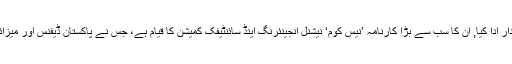
انہوں نے پاکستان کے میزائل پروگرام میں بھی ایک مؤثر کردار ادا کیا, ان کا سب سے بڑا کارنامہ ’نیس کوم‘ نیشنل انجینئرنگ اینڈ سائنٹیفک کمیشن کا قیام ہے، جس نے پاکستان ڈیفنس اور میزائل پروگرام کے خدوخال تشکیل دینے میں بنیادی کردار ادا کیا۔